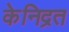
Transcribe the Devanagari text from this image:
केनिद्रत